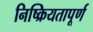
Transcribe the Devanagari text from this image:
निष्क्रियतापूर्ण